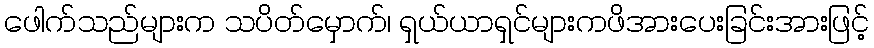
ဖေါက်သည်များက သပိတ်မှောက်၊ ရှယ်ယာရှင်များကဖိအားပေးခြင်းအားဖြင့်